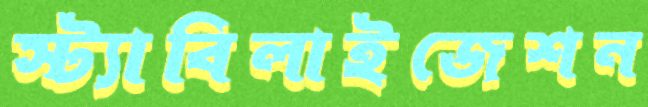
স্ট্যাবিলাইজেশন